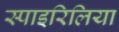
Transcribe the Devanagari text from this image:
स्पाइरिलिया